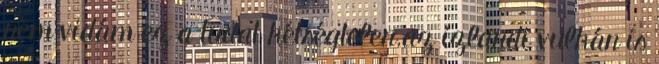
nem vidám ez a tudat kétségtelen.az izlandi vulkán is